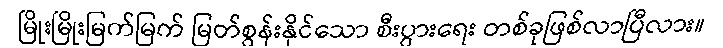
မြိုးမြိုးမြက်မြက် မြတ်စွန်းနိုင်သော စီးပွားရေး တစ်ခုဖြစ်လာပြီလား။